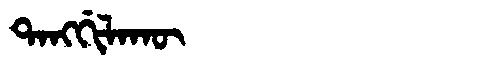
Manchu: ᡨᠠᠩᡤᡳᠯᠠᡴᡡ
Romanization: TANGGILAKŪ